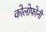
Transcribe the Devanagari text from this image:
कोलोफोनी